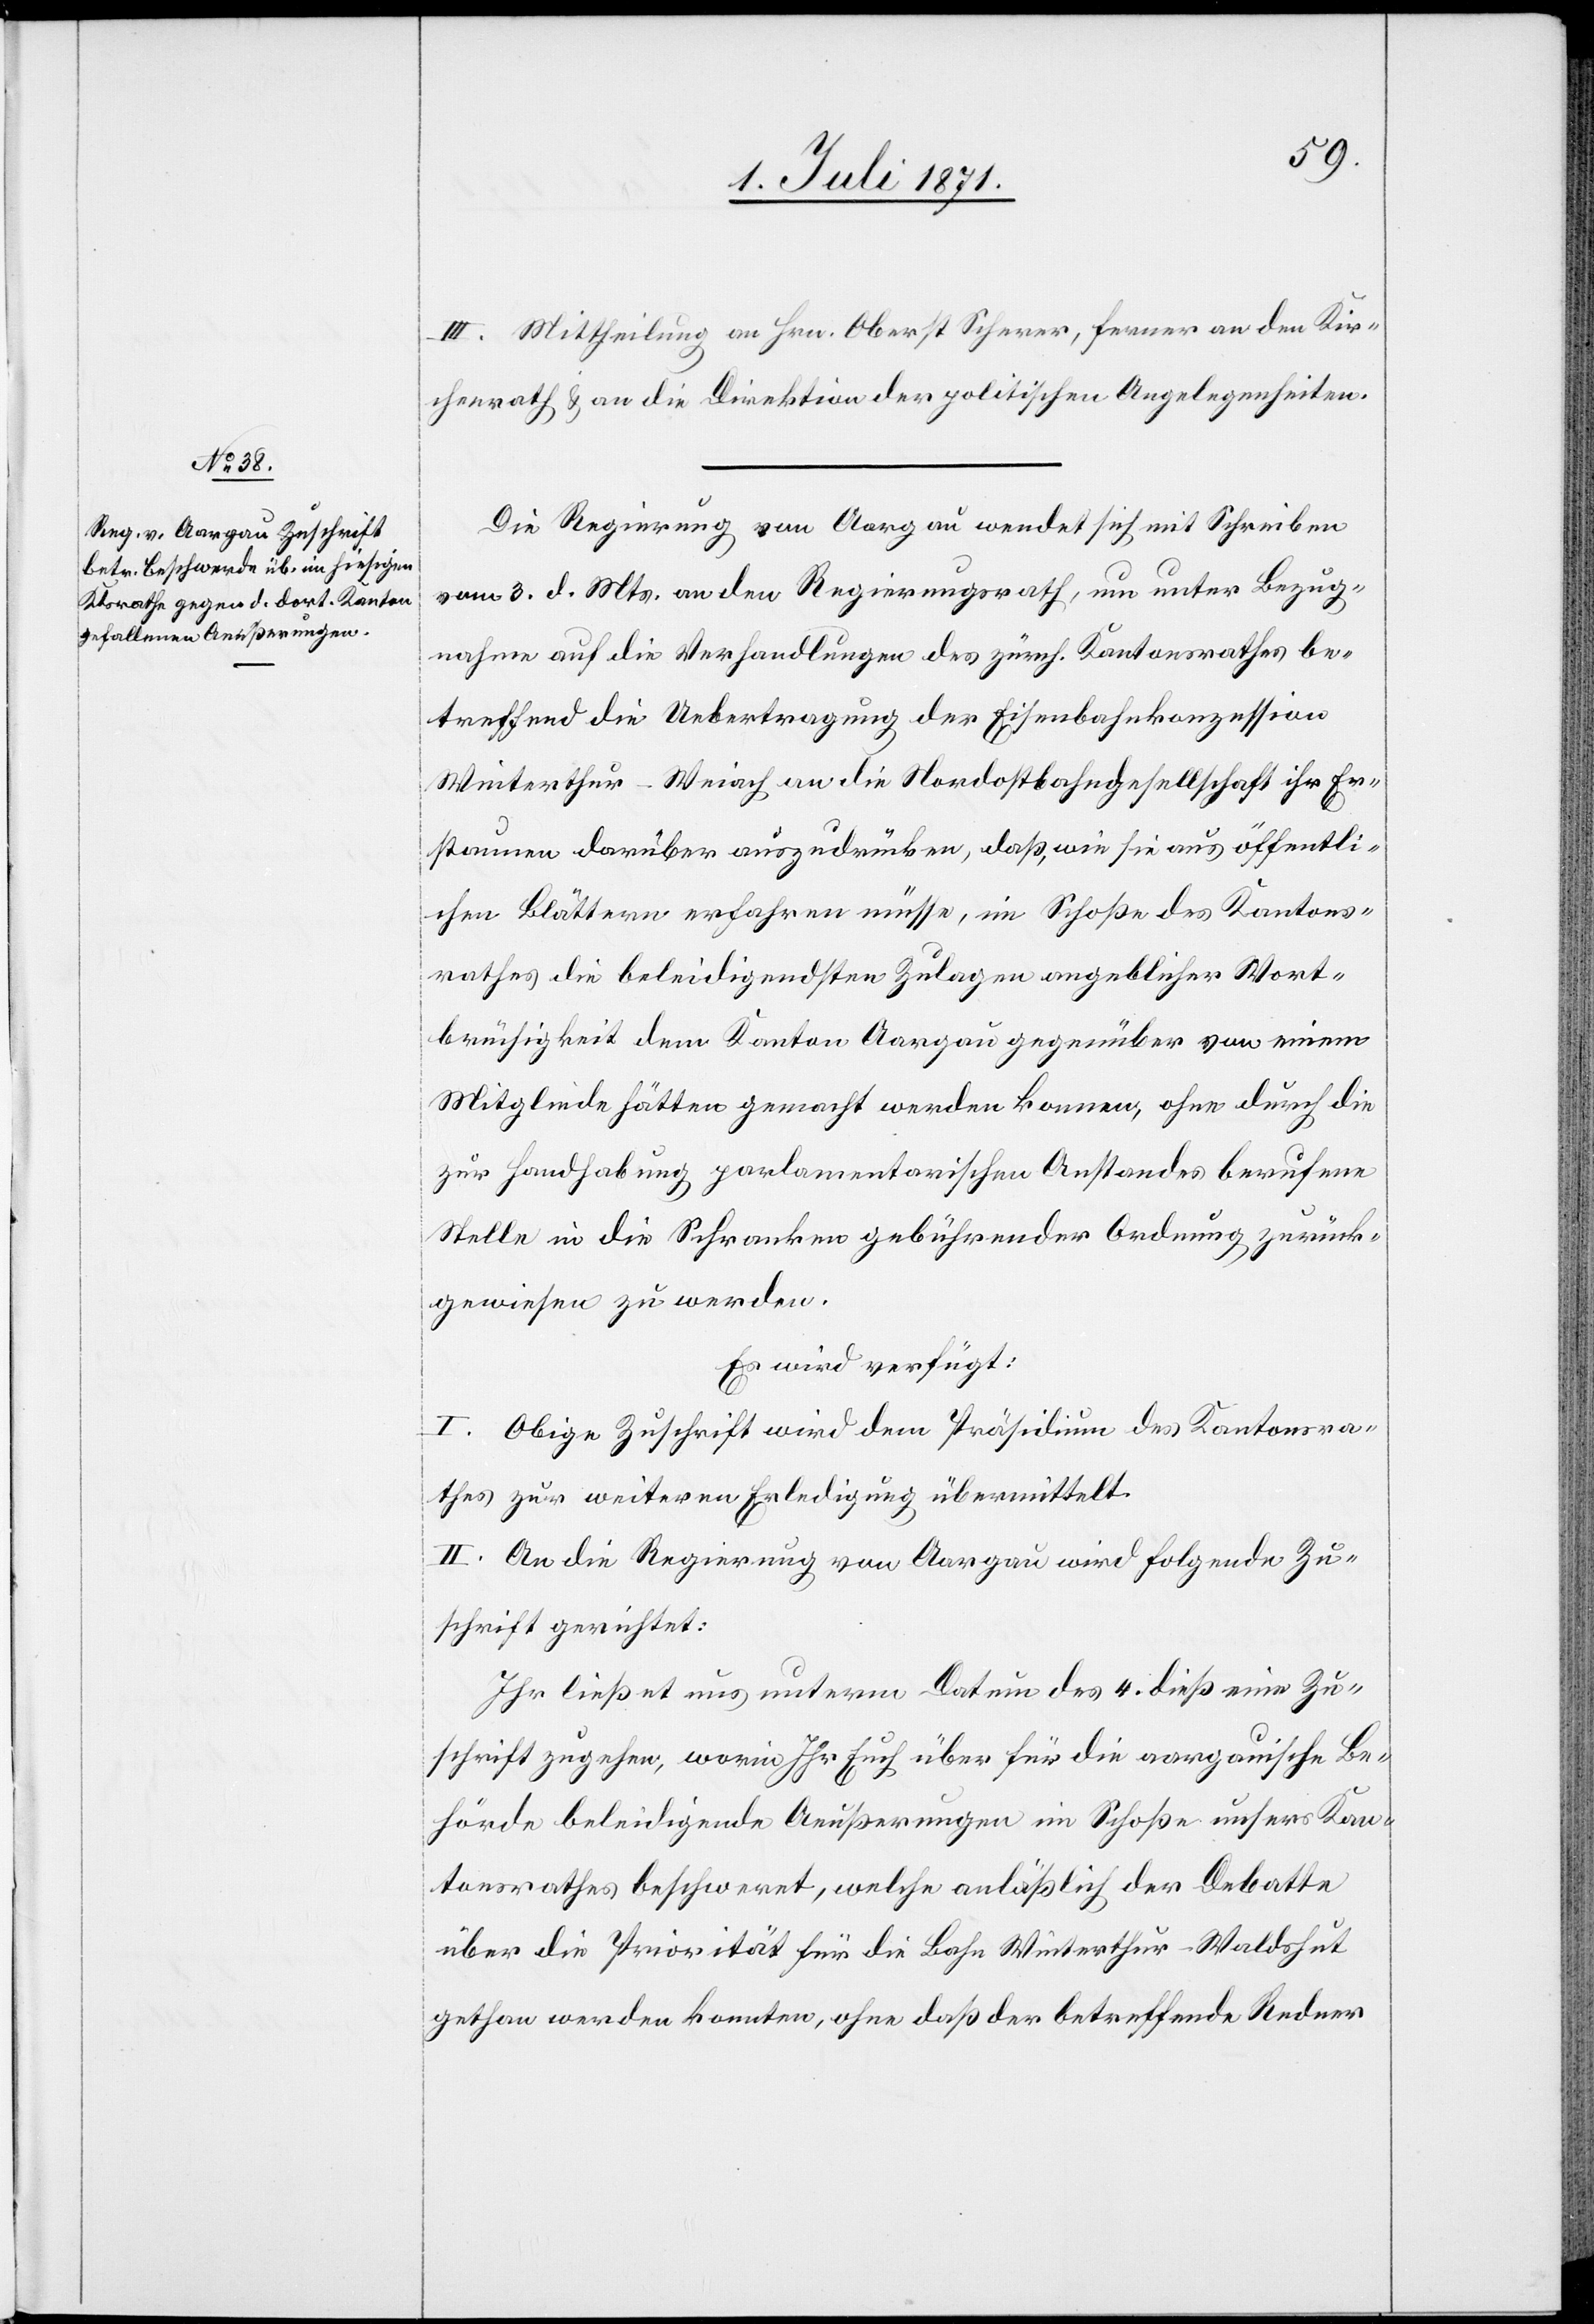
5. Juli 1871.]
III. Mittheilung an Hrn. Oberst Scherer, ferner an den Kir¬
chenrath u. an die Direktion der politischen Angelegenheiten.
Die Regierung von Aargau wendet sich mit Schreiben
vom 3. d. Mts. an den Regierungsrath, um unter Bezug¬
nahme auf die Verhandlungen des zürch. Kantonsrathes be¬
treffend die Uebertragung der Eisenbahnkonzession
Winterthur-Weiach an die Nordostbahngesellschaft ihr Er¬
staunen darüber auszudrücken, daß, wie sie aus öffentli¬
chen Blättern erfahren müsse, im Schoße des Kantons¬
rathes die beleidigendsten Zulagen angeblicher Wort¬
brüchigkeit dem Kanton Aargau gegenüber von einem
Mitgliede hätten gemacht werden konnen [sic!], ohne durch die
zur Handhabung parlamentarischen Anstandes berufene
Stelle in die Schranken gebührender Ordnung zurück¬
gewiesen zu werden.
Es wird verfügt:
I. Obige Zuschrift wird dem Präsidium des Kantonsra¬
thes zur weiteren Erledigung übermittelt.
II. An die Regierung von Aargau wird folgende Zu¬
schrift gerichtet:
Ihr ließet uns unterm Datum des 4. dieß eine Zu¬
schrift zugehen, worin Ihr Euch über für die aargauische Be¬
hörde beleidigende Aeußerungen im Schoße unsers Kan¬
tonsrathes beschwert, welche anläßlich der Debatte
über die Priorität für die Bahn Winterthur-Waldshut
gethan werden konnten, ohne daß der betreffende Redner